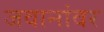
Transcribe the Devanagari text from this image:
जवानांवर